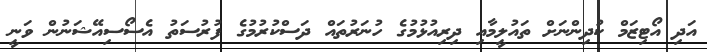
އަދި އޯޓިޒަމް ކުދިންނަށް ތައުލީމާއި ދިރިއުޅުމުގެ ހުނަރުތައް ދަސްކުރުމުގެ ފުރުސަތު އެސޯސިއޭޝަނުން ވަނީ